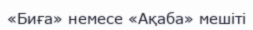
«Биға» немесе «Ақаба» мешіті